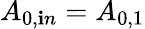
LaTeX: A_{0,\mathbf{i}n}=A_{0,1}